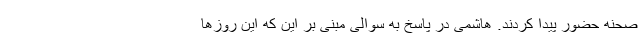
صحنه حضور پیدا کردند. هاشمی در پاسخ به سوالی مبنی بر این که این روزها